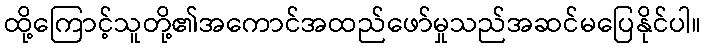
ထို့ကြောင့်သူတို့၏အကောင်အထည်ဖော်မှုသည်အဆင်မပြေနိုင်ပါ။